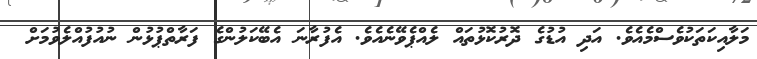
މަލާއިކަތަކުވެސްމެއެވެ. އަދި އުޑުގެ ދޮރުކޮޅުތައް ލެއްޕެވޭނެއެވެ. އެފުރާނަ އެބޭކަލުންގެ ފަރާތްޕުޅުން ނުއުފުއްލެވުމަށް